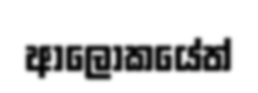
ආලෝකයේත්